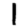
Digit: 1